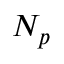
N _ { p }